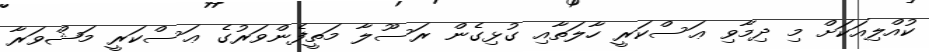
ކުއްލިއަކަށް މި ދިމާވި ޢަސްކަރީ ހާލަތާއި ގުޅިގެން ރަސޫލާ މަތީފެންވަރުގެ ޢަސްކަރީ މަޝްވަރާ